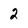
Character: 2